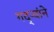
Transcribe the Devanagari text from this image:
गद्र्‍यांने